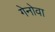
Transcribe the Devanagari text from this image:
गेनोवा